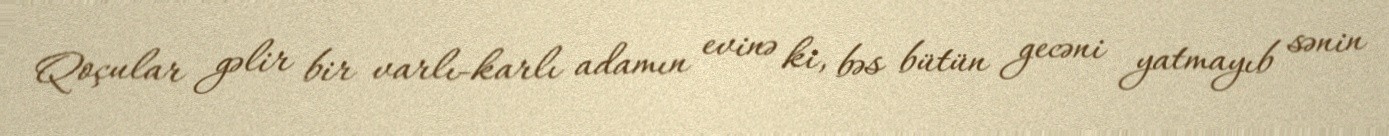
Qoçular gəlir bir varlı-karlı adamın evinə ki, bəs bütün gecəni yatmayıb sənin